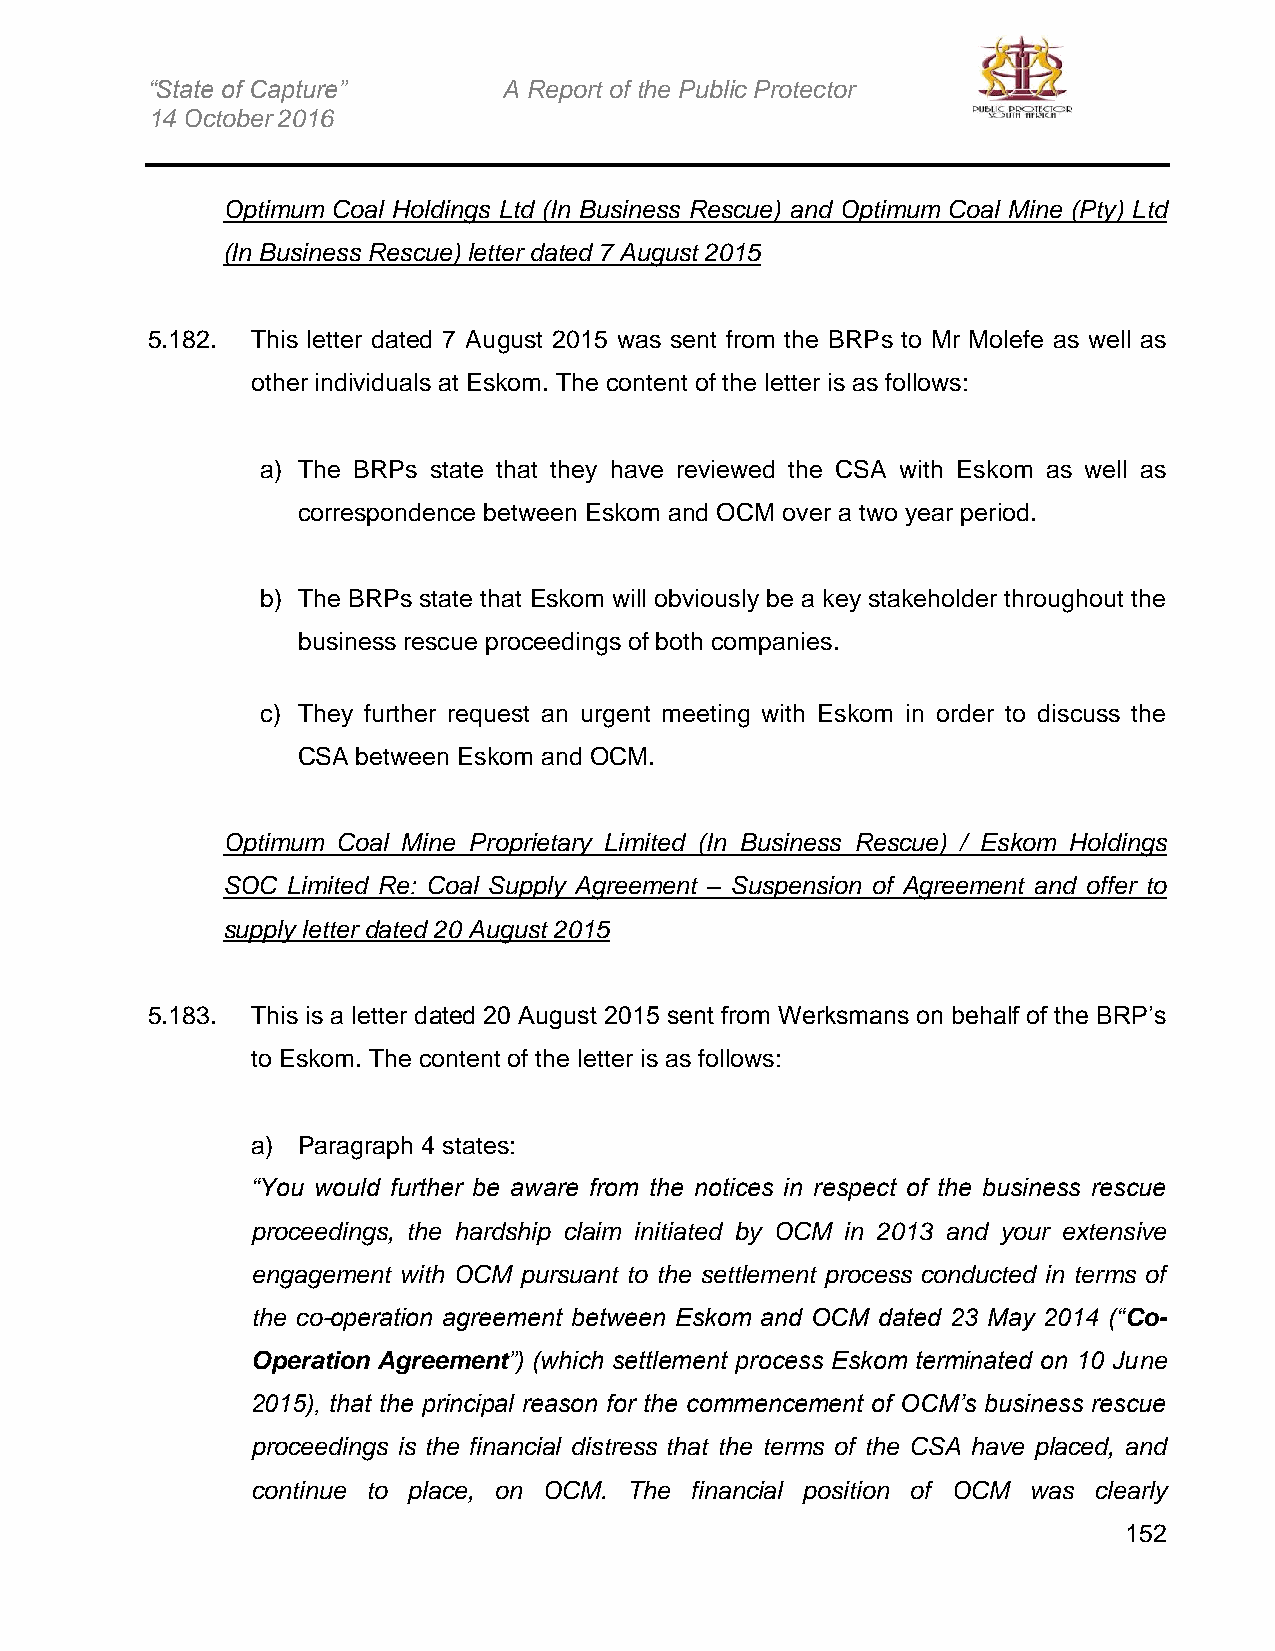
“State of Capture”     A Report of the Public Protector
 14 October 2016
 Optimum Coal Holdings Ltd (In Business Rescue) and Optimum Coal Mine (Pty) Ltd
 (In Business Rescue) letter dated 7 August 2015
 5.182. This letter dated 7 August 2015 was sent from the BRPs to Mr Molefe as well as
 other individuals at Eskom. The content of the letter is as follows:
 a) The BRPs state that they have reviewed the CSA with Eskom as well as
 correspondence between Eskom and OCM over a two year period.
 b) The BRPs state that Eskom will obviously be a key stakeholder throughout the
 business rescue proceedings of both companies.
 c) They further request an urgent meeting with Eskom in order to discuss the
 CSA between Eskom and OCM.
 Optimum Coal Mine Proprietary Limited (In Business Rescue) / Eskom Holdings
 SOC Limited Re: Coal Supply Agreement – Suspension of Agreement and offer to
 supply letter dated 20 August 2015
 5.183. This is a letter dated 20 August 2015 sent from Werksmans on behalf of the BRP’s
 to Eskom. The content of the letter is as follows:
 a) Paragraph 4 states:
 “You would further be aware from the notices in respect of the business rescue
 proceedings, the hardship claim initiated by OCM in 2013 and your extensive
 engagement with OCM pursuant to the settlement process conducted in terms of
 the co-operation agreement between Eskom and OCM dated 23 May 2014 (“Co-
 Operation Agreement”) (which settlement process Eskom terminated on 10 June
 2015), that the principal reason for the commencement of OCM’s business rescue
 proceedings is the financial distress that the terms of the CSA have placed, and
 continue to place, on OCM. The financial position of OCM was clearly
 152